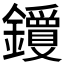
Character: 𬬝